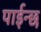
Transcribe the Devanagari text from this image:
पाईन्छ